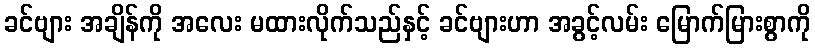
ခင်ဗျား အချိန်ကို အလေး မထားလိုက်သည်နှင့် ခင်ဗျားဟာ အခွင့်လမ်း မြောက်မြားစွာကို